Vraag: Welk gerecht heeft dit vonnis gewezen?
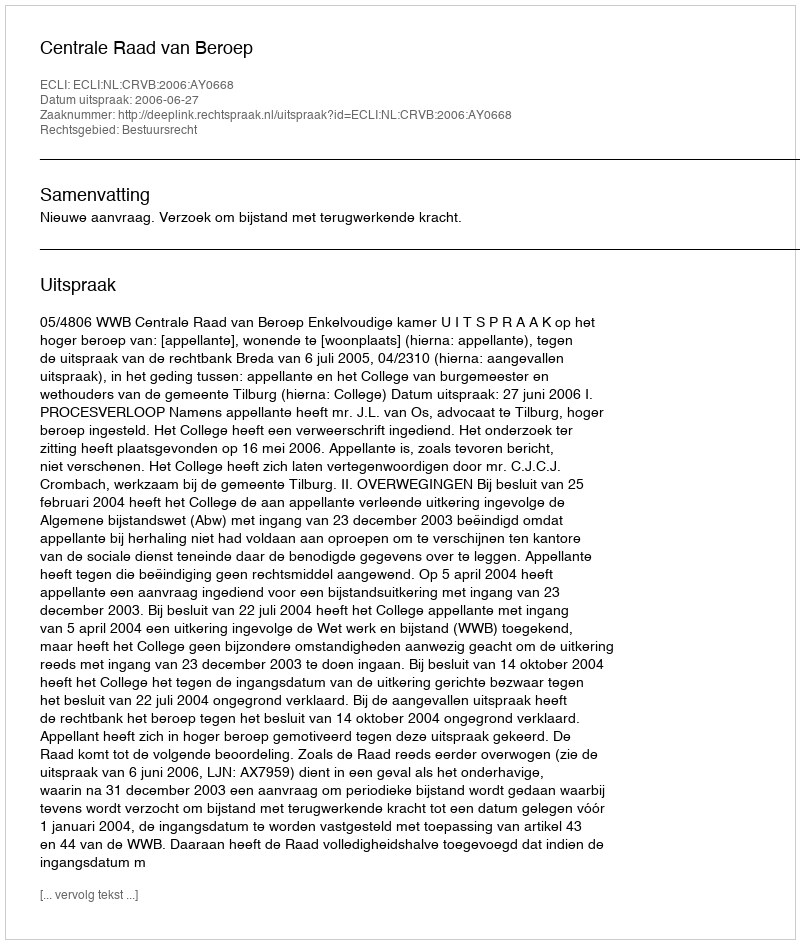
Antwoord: Centrale Raad van Beroep